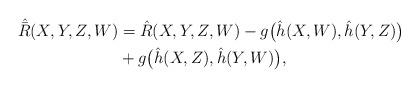
LaTeX: \begin{align*}\hat{\bar{R}}(X,Y,Z,W)&=\hat{R}(X,Y,Z,W)-g\big(\hat{h}(X,W),\hat{h}(Y,Z)\big)\\&+g\big(\hat{h}(X,Z),\hat{h}(Y,W)\big),\end{align*}